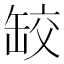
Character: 䍊